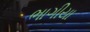
ભાગીયા